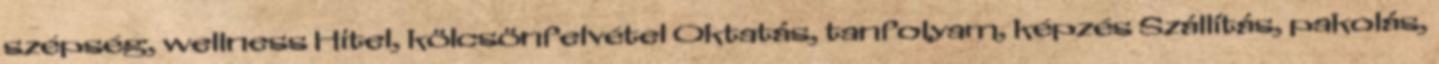
szépség, wellness Hitel, kölcsönfelvétel Oktatás, tanfolyam, képzés Szállítás, pakolás,